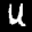
Label: 4